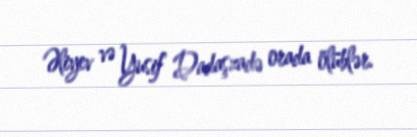
Əliyev və Yusif Dadaşzadə orada ölüblər.